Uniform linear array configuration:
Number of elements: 12
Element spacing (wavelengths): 0.5
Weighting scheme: binomial
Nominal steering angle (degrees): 30
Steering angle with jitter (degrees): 29.373
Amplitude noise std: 0.05
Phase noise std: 0.05

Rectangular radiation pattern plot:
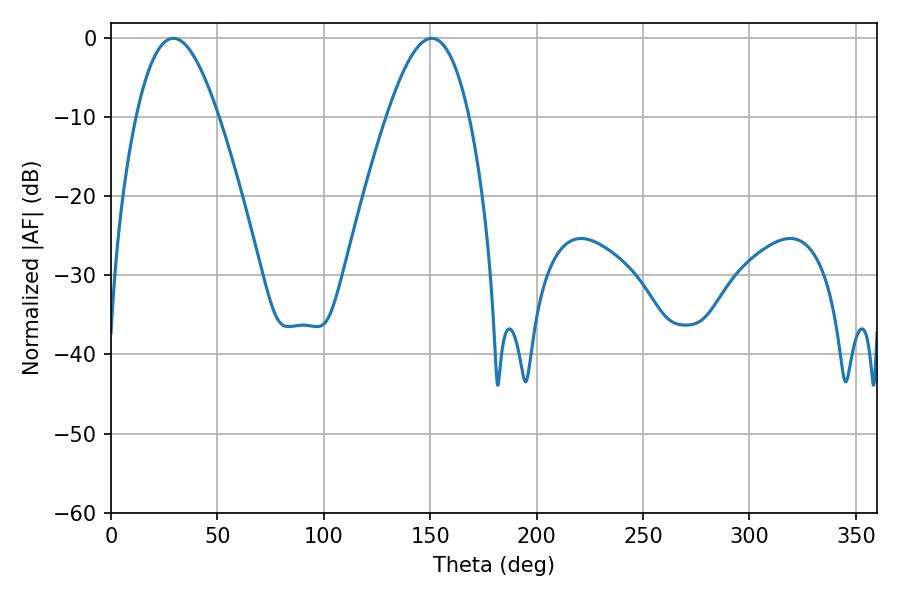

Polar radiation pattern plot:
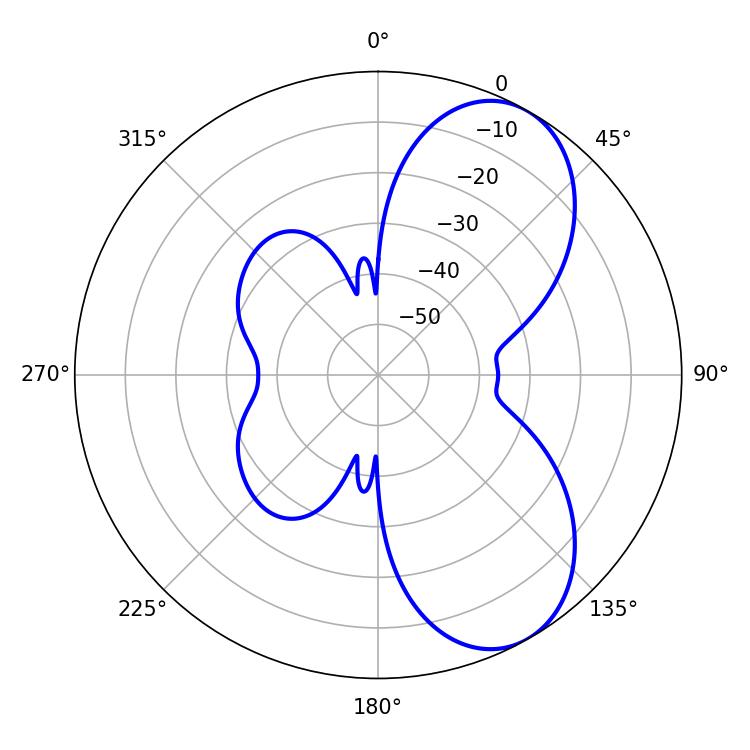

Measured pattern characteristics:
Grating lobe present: FALSE
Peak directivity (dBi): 7.027
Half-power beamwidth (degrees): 21.06
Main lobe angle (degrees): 29.34